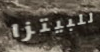
للبيتزا